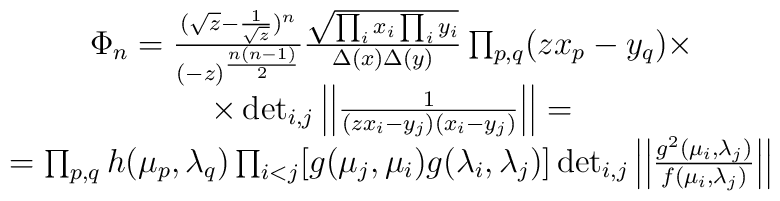
\begin{array}{c}\Phi_n=\frac{(\sqrt{z}-\frac{1}{\sqrt{z}})^n}{(-z)^{\frac{n(n-1)}{2}}}\frac{\sqrt{\prod_i x_i \prod_i y_i}}{\Delta(x)\Delta(y)}\prod_{p,q}(zx_p-y_q)\times \\ \times\det_{i,j}\left|\left|\frac{1}{(zx_i-y_j)(x_i-y_j)}\right|\right|=\\=\prod_{p,q}h(\mu_p,\lambda_q)\prod_{i<j}[ g(\mu_j,\mu_i)g(\lambda_i,\lambda_j) ]\det_{i,j}\left|\left|\frac{g^2(\mu_i,\lambda_j)}{f(\mu_i,\lambda_j)}\right|\right|\end{array}